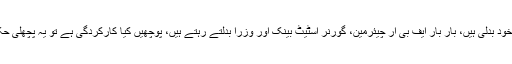
معاشی ٹیمیں حکومت نے خود بدلی ہیں، بار بار ایف بی آر چیئرمین، گورنر اسٹیٹ بینک اور وزرا بدلتے رہتے ہیں، پوچھیں کیا کارکردگی ہے تو یہ پچھلی حکومتوں پر چلے جاتے ہیں۔